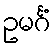
ဥမင်္ဂံ